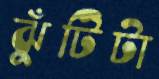
ঝুঁটিটা